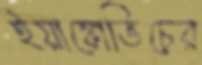
ইয়াঙ্কোভিচের